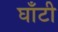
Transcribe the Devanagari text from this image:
घाँटी